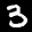
Label: 3